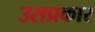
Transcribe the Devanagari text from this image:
उसप्रकार